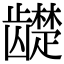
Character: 𬺓